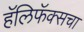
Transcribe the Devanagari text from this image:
हॅलिफॅक्सचा